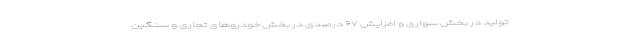
تولید در بخش سواری و افزایش ۶۷ درصدی در بخش خودروهای تجاری و سنگین